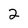
Character: 2